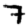
Digit: 7